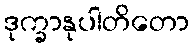
ဒုက္ခာနုပါတိတော